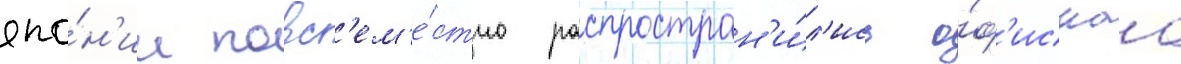
япо́н'ии повс'ем'е́стно распростран'и́л'ись о́ф'иснаа